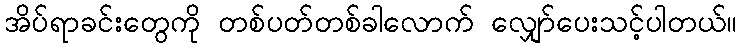
အိပ်ရာခင်းတွေကို တစ်ပတ်တစ်ခါလောက် လျှော်ပေးသင့်ပါတယ်။